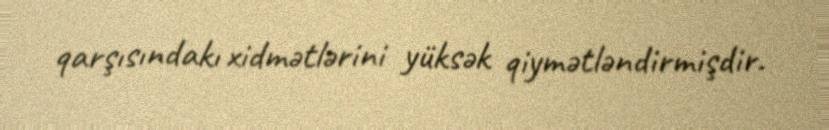
qarşısındakı xidmətlərini yüksək qiymətləndirmişdir.